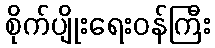
စိုက်ပျိုးရေးဝန်ကြီး